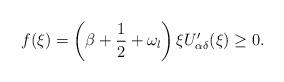
LaTeX: \begin{align*} f(\xi)=\left(\beta+\frac{1}{2}+\omega_{l}\right) \xi U_{\alpha\delta}'(\xi)\ge0. \end{align*}